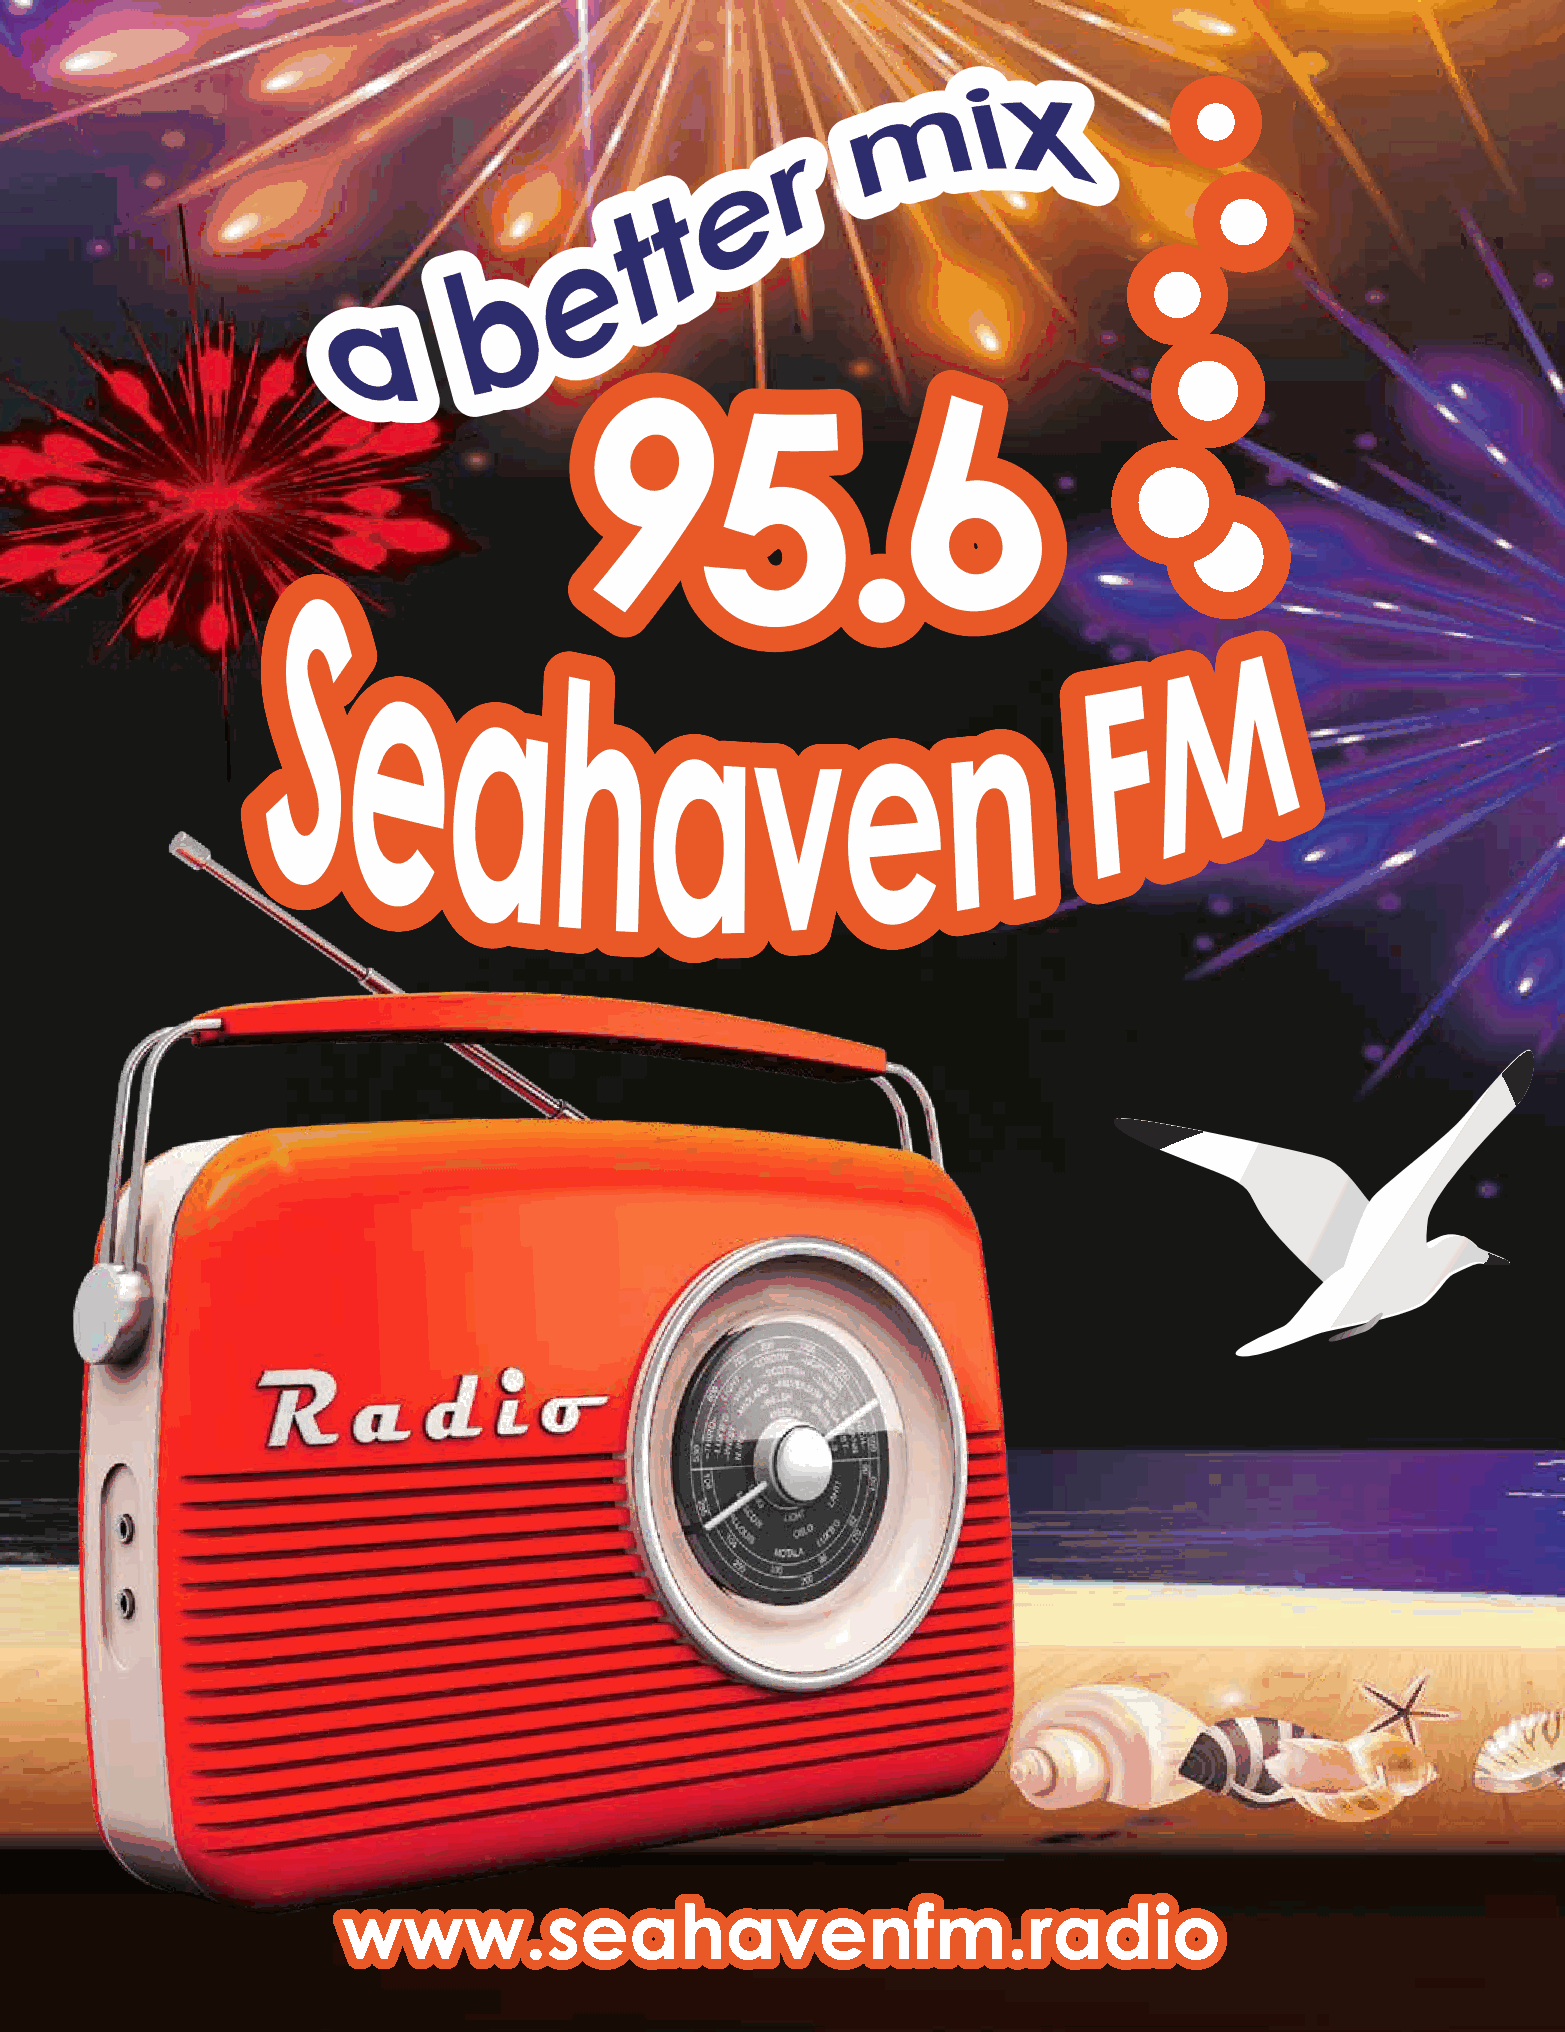
www.seahavenfm.radio                                                                                   www.seahavenfm.radio